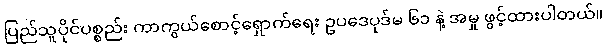
ပြည်သူပိုင်ပစ္စည်း ကာကွယ်စောင့်ရှောက်ရေး ဥပဒေပုဒ်မ ၆၁ နဲ့ အမှု ဖွင့်ထားပါတယ်။